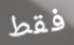
فقط